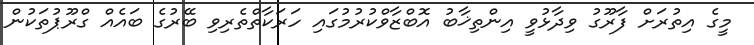
މީގެ އިތުރަށް ފާރޫގު ވިދާޅުވީ އިންތިޚާބު އޮބްޒާވްކުރުމުގައި ހަރަކާތްތެރިވި ބޭރުގެ ބައެއް ގްރޫޕުތަކުން